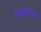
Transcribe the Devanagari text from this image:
मनाकदा